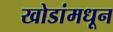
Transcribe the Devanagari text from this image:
खोडांमधून